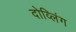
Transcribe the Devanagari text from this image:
दोव्लिंग